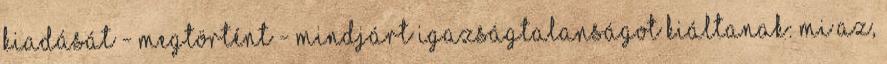
kiadását - megtörtént - mindjárt igazságtalanságot kiáltanak: mi az,